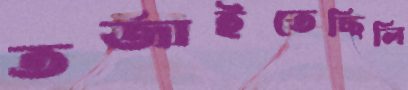
তর্জাইতেছিলি